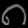
Digit: ၈